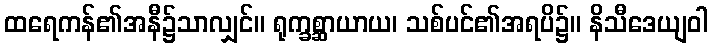
ထရေကန်၏အနီ၌သာလျှင်။ ရုက္ခစ္ဆာယာယ၊ သစ်ပင်၏အရပိ၌။ နိသီဒေယျဝါ